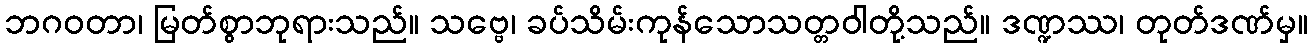
ဘဂဝတာ၊ မြတ်စွာဘုရားသည်။ သဗ္ဗေ၊ ခပ်သိမ်းကုန်သောသတ္တဝါတို့သည်။ ဒဏ္ဍဿ၊ တုတ်ဒဏ်မှ။